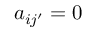
a _ { i j ^ { \prime } } = 0